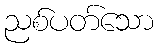
ညစ်ပတ်သော